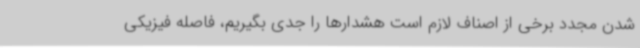
شدن مجدد برخی از اصناف لازم است هشدارها را جدی بگیریم، فاصله فیزیکی